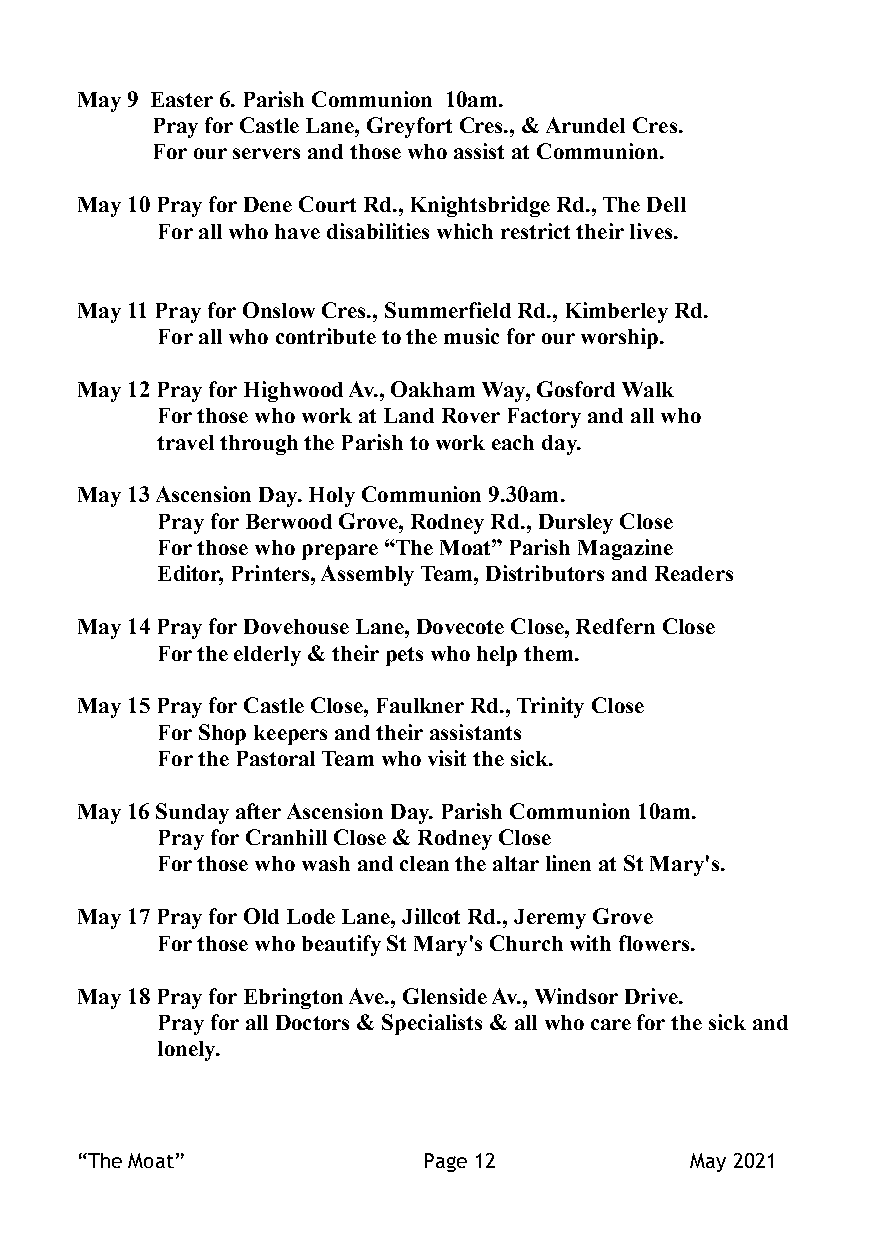
May 9 Easter 6. Parish Communion 10am.
 Pray for Castle Lane, Greyfort Cres., & Arundel Cres.
 For our servers and those who assist at Communion.
 May 10 Pray for Dene Court Rd., Knightsbridge Rd., The Dell
 For all who have disabilities which restrict their lives.
 May 11 Pray for Onslow Cres., Summerfield Rd., Kimberley Rd.
 For all who contribute to the music for our worship.
 May 12 Pray for Highwood Av., Oakham Way, Gosford Walk
 For those who work at Land Rover Factory and all who
 travel through the Parish to work each day.
 May 13 Ascension Day. Holy Communion 9.30am.
 Pray for Berwood Grove, Rodney Rd., Dursley Close
 For those who prepare “The Moat” Parish Magazine
 Editor, Printers, Assembly Team, Distributors and Readers
 May 14 Pray for Dovehouse Lane, Dovecote Close, Redfern Close
 For the elderly & their pets who help them.
 May 15 Pray for Castle Close, Faulkner Rd., Trinity Close
 For Shop keepers and their assistants
 For the Pastoral Team who visit the sick.
 May 16 Sunday after Ascension Day. Parish Communion 10am.
 Pray for Cranhill Close & Rodney Close
 For those who wash and clean the altar linen at St Mary's.
 May 17 Pray for Old Lode Lane, Jillcot Rd., Jeremy Grove
 For those who beautify St Mary's Church with flowers.
 May 18 Pray for Ebrington Ave., Glenside Av., Windsor Drive.
 Pray for all Doctors & Specialists & all who care for the sick and
 lonely.
 “The Moat”             Page 12           May 2021